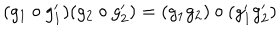
( g _ { 1 } \circ g _ { 1 } ^ { \prime } ) ( g _ { 2 } \circ g _ { 2 } ^ { \prime } ) = ( g _ { 1 } g _ { 2 } ) \circ ( g _ { 1 } ^ { \prime } g _ { 2 } ^ { \prime } )